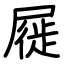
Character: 屣